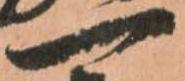
一